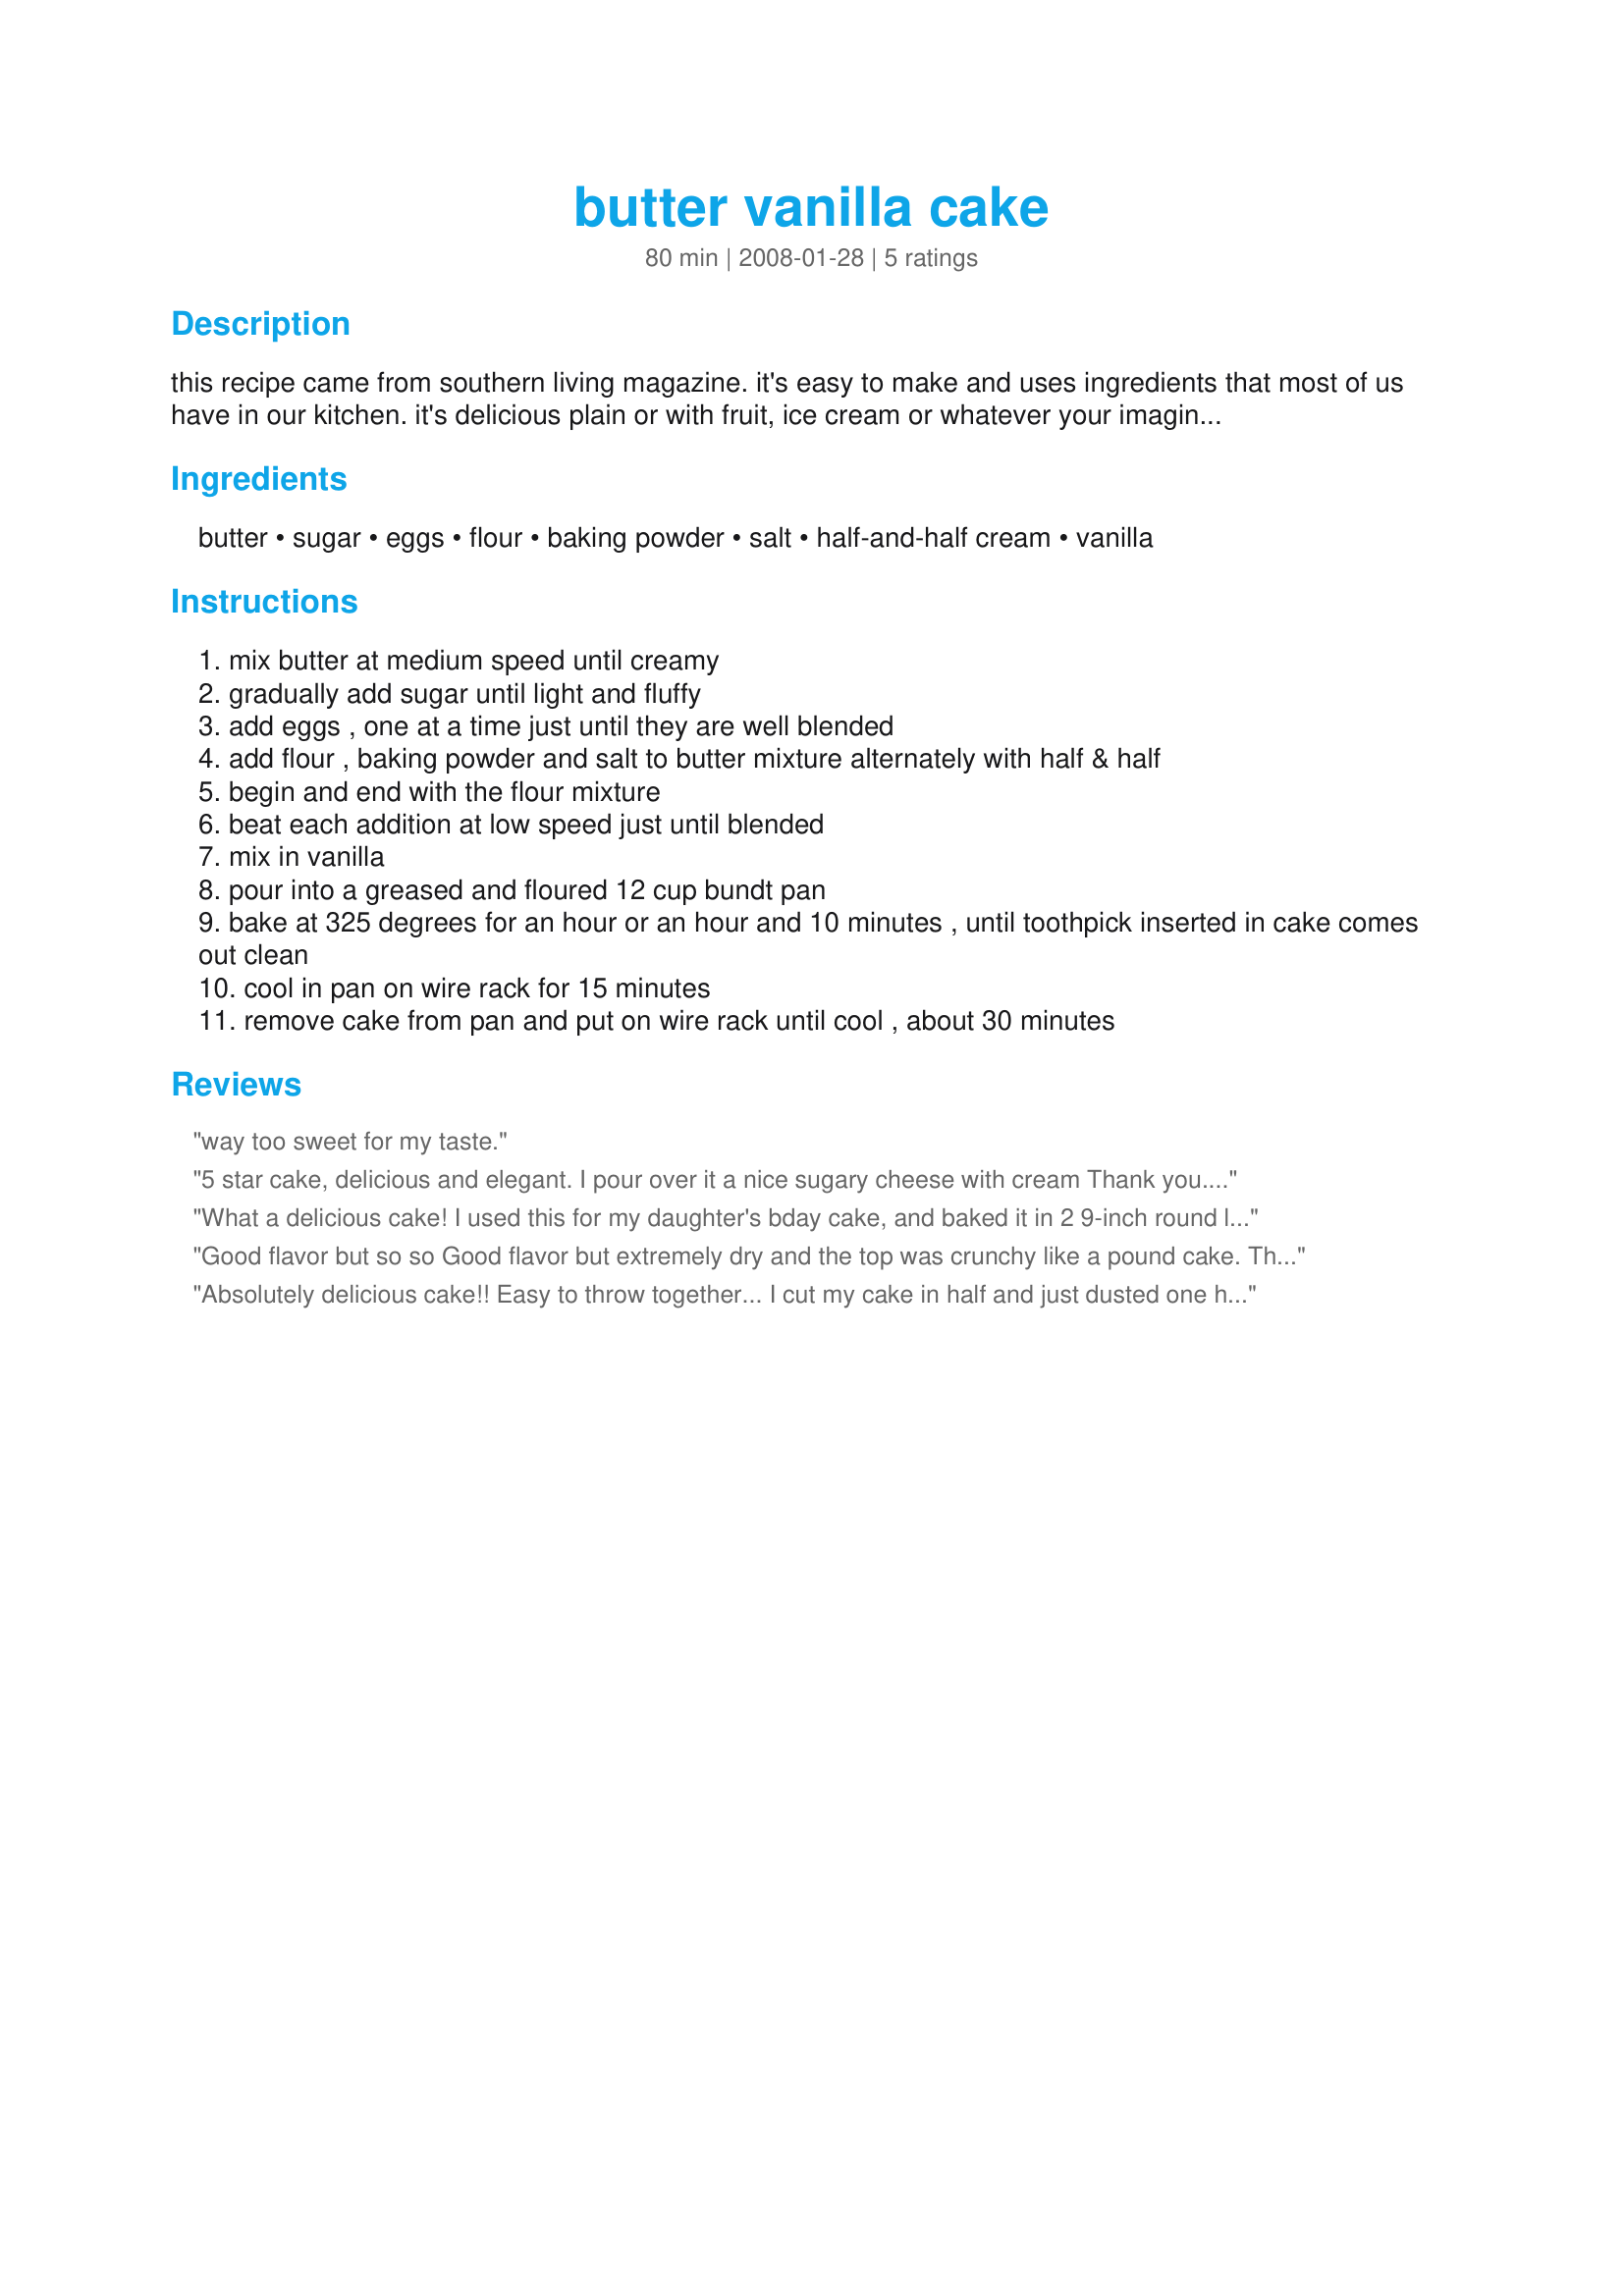
butter vanilla cake
Preparation time: 80 minutes

this recipe came from southern living magazine. it's easy to make and uses ingredients that most of us have in our kitchen. it's delicious plain or with fruit, ice cream or whatever your imagination can create! (time includes prep and baking, but not cooling time.)

Ingredients:
butter, sugar, eggs, flour, baking powder, salt, half-and-half cream, vanilla

Steps:
mix butter at medium speed until creamy
gradually add sugar until light and fluffy
add eggs , one at a time just until they are well blended
add flour , baking powder and salt to butter mixture alternately with half & half
begin and end with the flour mixture
beat each addition at low speed just until blended
mix in vanilla
pour into a greased and floured 12 cup bundt pan
bake at 325 degrees for an hour or an hour and 10 minutes , until toothpick inserted in cake comes out clean
cool in pan on wire rack for 15 minutes
remove cake from pan and put on wire rack until cool , about 30 minutes

Reviews:
way too sweet for my taste.
5 star cake, delicious and elegant. I pour over it a nice sugary cheese with cream
Thank you....
What a delicious cake! I used this for my daughter's bday cake, and baked it in 2 9-inch round layer pans. Took approximately 50 minutes to bake at 325. She requested a strawberry filling, so I took the quick and easy route of using preserves. Topped with the frosting from Recipe #427763 and then decorated it to look like Pac-Man! :-D HUGE success and now I don't know how I will keep from eating all the leftovers up all by myself!<br/><br/>Thank you so much for giving me the perfect recipe to use when someone (oddly) doesn't want a chocolate cake (my specialty!) This will go in my permanent file.
Good flavor but so so Good flavor but extremely dry and the top was crunchy like a pound cake. Think I may have cooked have baked too long. I should have poured something over it like I read in the comments but made homemade chocolate icing instead which was a mistake.
Absolutely delicious cake!! Easy to throw together... I cut my cake in half and just dusted one half with powdered sugar as in JuneBugs pictures. The other half I drizzled a 1/2 recipe of Chef #89831 's Recipe #120835. Both version were amazing and to my chagrin the only dessert with no leftovers at a party of 10!
